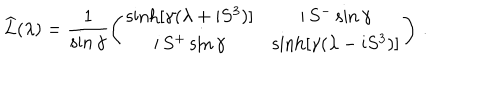
\widehat { L } ( \lambda ) = \frac { 1 } { \sin \gamma } \left( \begin{array} { c c } { { \sinh [ \gamma ( \lambda + \mathrm { i } S ^ { 3 } ) ] } } & { { \mathrm { i } \, S ^ { - } \sin \gamma } } \\ { { \mathrm { i } \, S ^ { + } \sin \gamma } } & { { \sinh [ \gamma ( \lambda - \mathrm { i } S ^ { 3 } ) ] } } \\ \end{array} \right) \, .